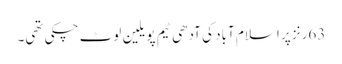
63رنز پر اسلام آباد کی آدھی ٹیم پویلین لوٹ چکی تھی۔